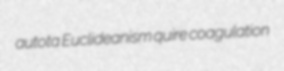
autota Euclideanism quire coagulation